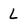
Character: L